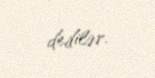
dedilər.